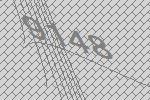
9148